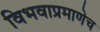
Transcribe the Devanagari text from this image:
विभवाप्रमाणेच